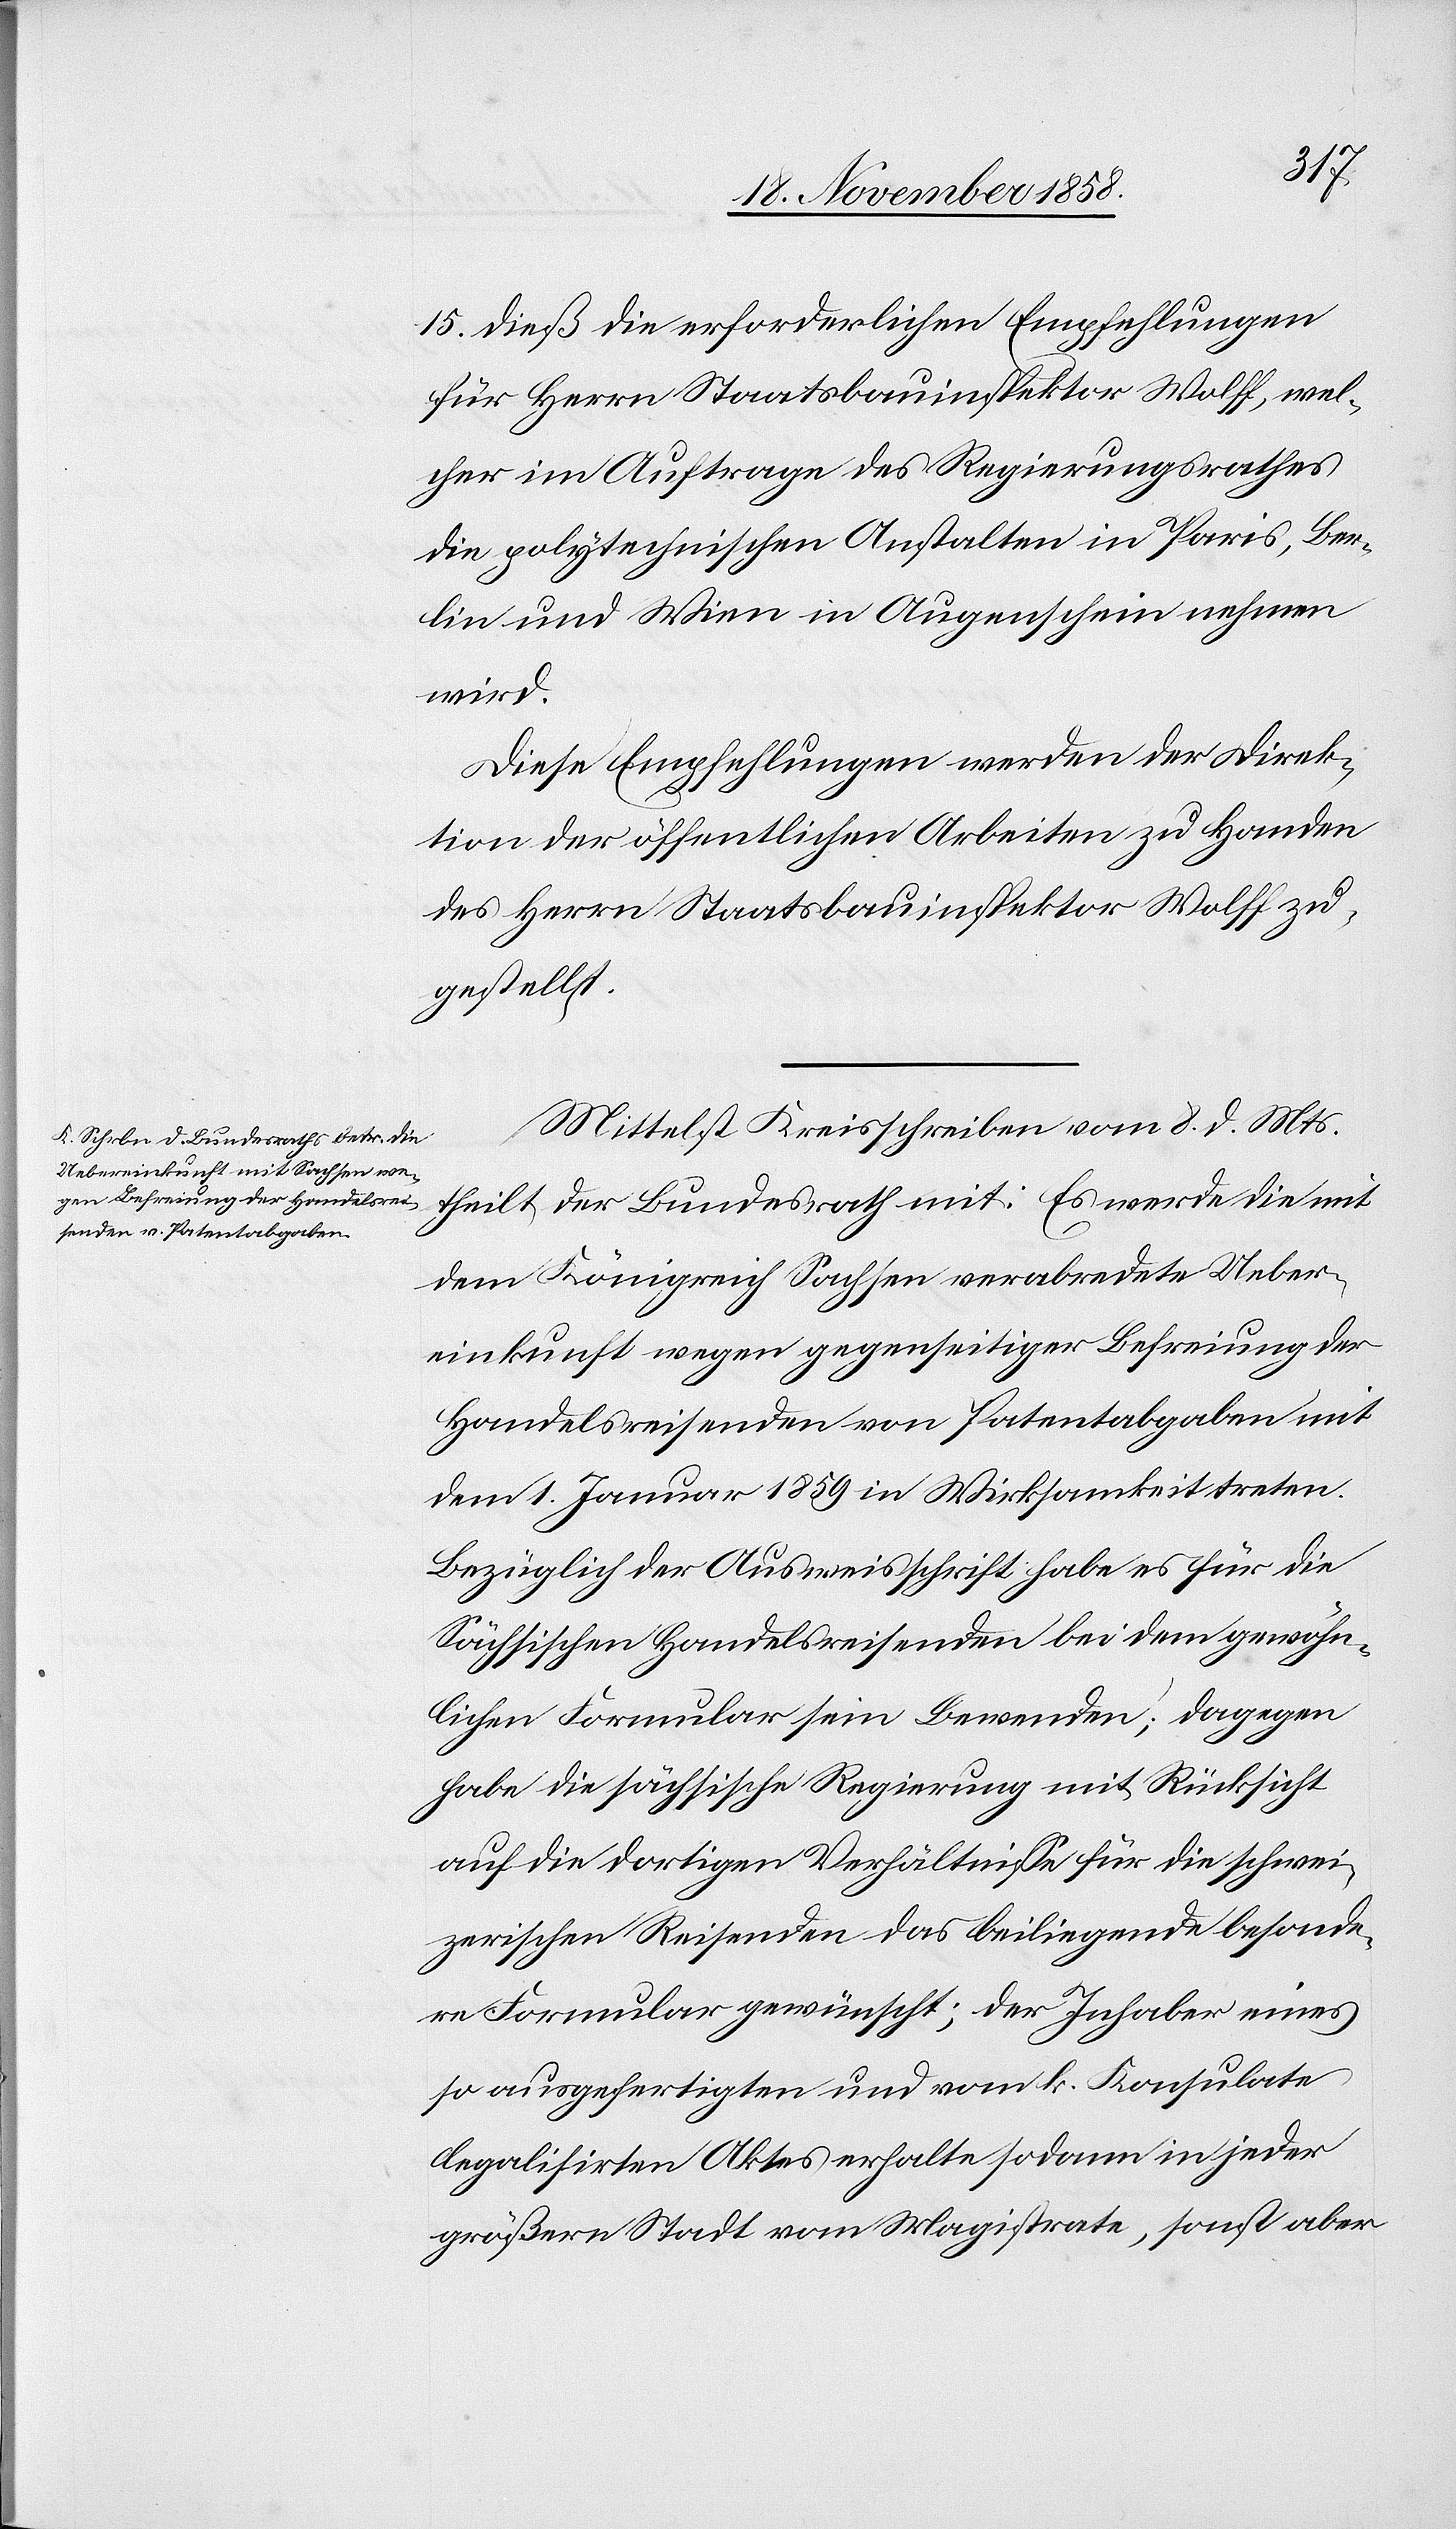
15. dieß die erforderlichen Empfehlungen
für Herrn Staatsbauinspektor Wolff, wel¬
cher im Auftrage des Regierungsrathes
die polytechnischen Anstalten in Paris, Ber¬
lin und Wien in Augenschein nehmen
wird.
Diese Empfehlungen werden der Direk¬
tion der öffentlichen Arbeiten zu Handen
des Herrn Staatsbauinspektor Wolff zu¬
gestellt.
Mittelst Kreisschreiben vom 8. d. Mts.
theilt der Bundesrath mit: Es werde die mit
dem Königreich Sachsen verabredete Ueber¬
einkunft wegen gegenseitiger Befreiung der
Handelsreisenden von Patentabgaben mit
dem 1. Januar 1859 in Wirksamkeit treten.
Bezüglich der Ausweisschrift habe es für die
Sächsischen Handelsreisenden bei dem gewöhn¬
lichen Formular sein Bewenden; dagegen
habe die sächsische Regierung mit Rücksicht
auf die dortigen Verhältnisse für die schwei¬
zerischen Reisenden das beiliegende besonde¬
re Formular gewünscht; der Inhaber eines
so ausgefertigten und vom k. Konsulate
legalisirten Aktes erhalte sodann in jeder
größern Stadt vom Magistrate, sonst aber